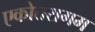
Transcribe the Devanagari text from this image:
एकोत्तरागम